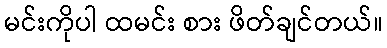
မင်းကိုပါ ထမင်း စား ဖိတ်ချင်တယ်။